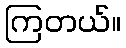
ကြတယ်။